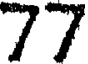
77